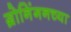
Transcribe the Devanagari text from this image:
ग्रोनिंगनच्या